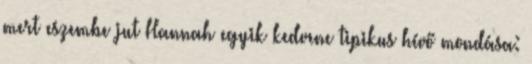
mert eszembe jut Hannah egyik kedvenc tipikus hívő mondása: